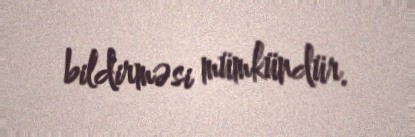
bildirməsi mümkündür.